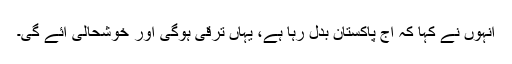
انہوں نے کہا کہ آج پاکستان بدل رہا ہے، یہاں ترقی ہوگی اور خوشحالی آئے گی۔